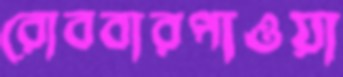
রোববারপাওয়া